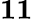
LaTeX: \mathbf{11}